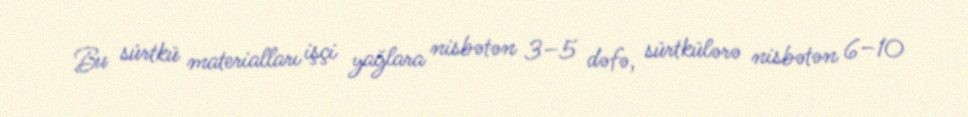
Bu sürtkü materialları işçi yağlara nisbətən 3–5 dəfə, sürtkülərə nisbətən 6–10